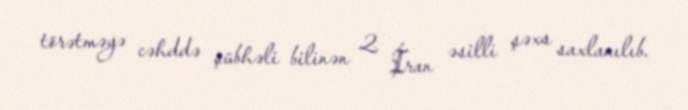
törətməyə cəhddə şübhəli bilinən 2 İran əsilli şəxs saxlanılıb.